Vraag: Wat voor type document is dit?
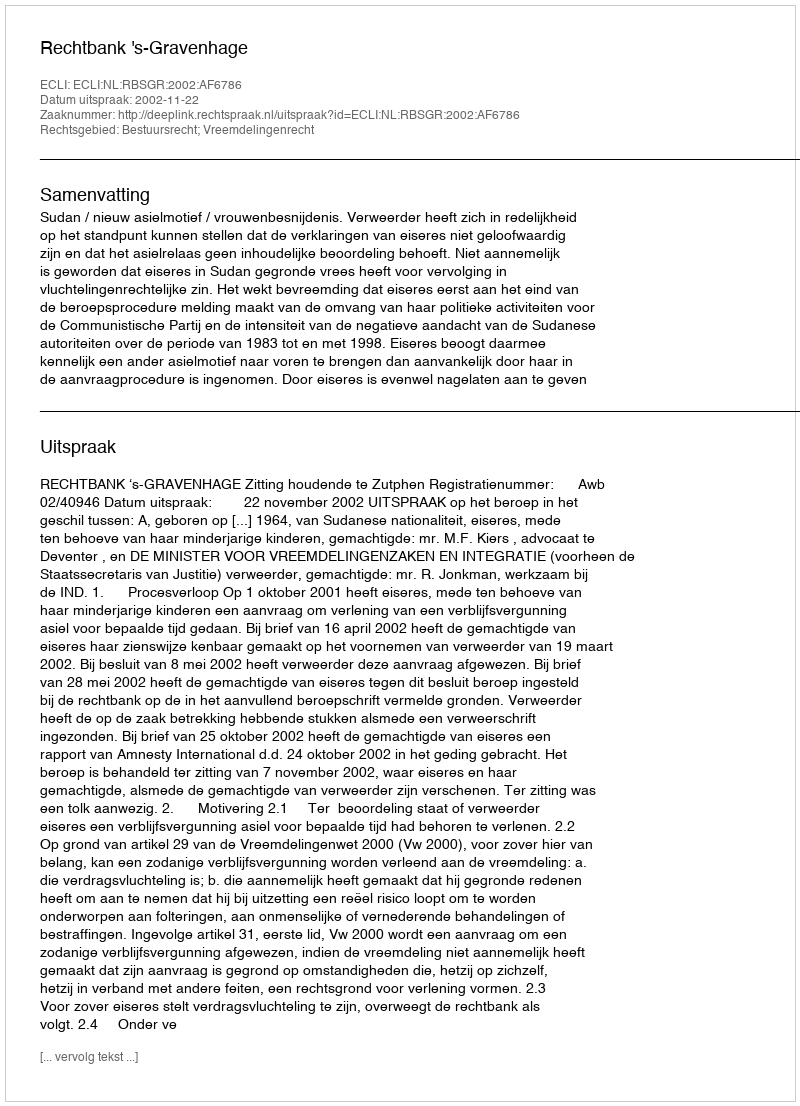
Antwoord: Uitspraak